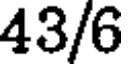
43/6